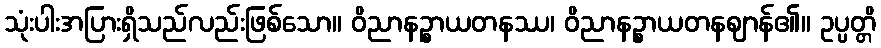
သုံးပါးအပြားရှိသည်လည်းဖြစ်သော။ ဝိညာနဉ္စာယတနဿ၊ ဝိညာနဉ္စာယတနဈာန်၏။ ဥပ္ပတ္တိ